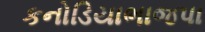
કનોડિયાભાજપા